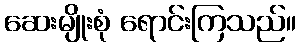
ဆေးမျိုးစုံ ရောင်းကြသည်။